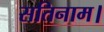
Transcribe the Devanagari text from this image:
सतिनाम।